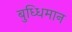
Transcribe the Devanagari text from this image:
बुध्धिमान